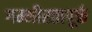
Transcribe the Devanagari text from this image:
गम्भीरतापूर्क